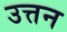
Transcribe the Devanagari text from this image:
उत्तन